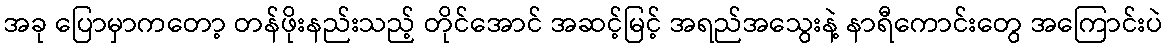
အခု ပြောမှာကတော့ တန်ဖိုးနည်းသည့် တိုင်အောင် အဆင့်မြင့် အရည်အသွေးနဲ့ နာရီကောင်းတွေ အကြောင်းပဲ